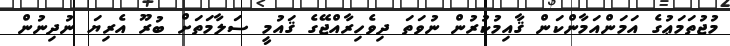
މުޖުތަމަޢުގެ އަމަންއަމާންކަން ޤާއިމުކުރުން ނުވަތަ ދިވެހިރާއްޖޭގެ ޤައުމީ ސަލާމަތަށް ބުރޫ އެރިޔަ ނުދިނުން